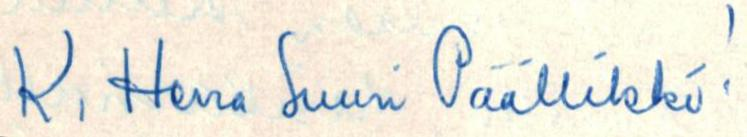
K. Herra Suuri Päällikkö!